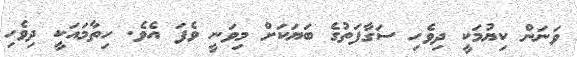
ވަނަން ކިޔުމަކީ ދިވެހި ސަގާފަތުގެ ބަޔަކަށް މިވަނީ ވެފަ އެވެ. ހިތާމައަކީ ދިވެހި